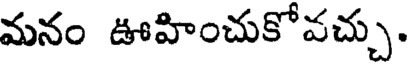
మనం ఊహించుకోవచ్చు.